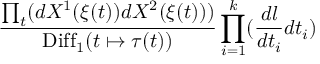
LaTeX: { \frac { \prod _ { t } ( d X ^ { 1 } ( \xi ( t ) ) d X ^ { 2 } ( \xi ( t ) ) ) } { \mathrm { D i f f } _ { 1 } ( t \mapsto \tau ( t ) ) } } \prod _ { i = 1 } ^ { k } ( { \frac { d l } { d t _ { i } } } d t _ { i } )